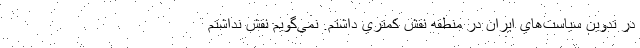
در تدوين سياست‌هاي ايران در منطقه نقش كمتري داشتم. نمي‌گويم نقش نداشتم